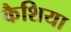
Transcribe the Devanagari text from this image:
कैशिया